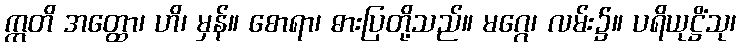
ဣတိ အတ္ထော၊ ဟိ၊ မှန်။ စောရာ၊ ဓားပြတို့သည်။ မဂ္ဂေ၊ လမ်း၌။ ပရိယုဋ္ဌိံသု၊